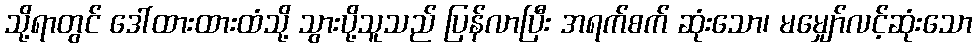
သို့ရာတွင် ဒေါ်ထားထားထံသို့ သွားပို့သူသည် ပြန်လာပြီး အရက်စက် ဆုံးသော၊ မမျှော်လင့်ဆုံးသော